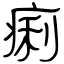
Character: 痢